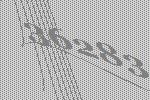
36283